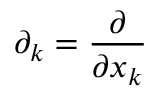
\partial _ { k } = { \frac { \partial } { \partial x _ { k } } }